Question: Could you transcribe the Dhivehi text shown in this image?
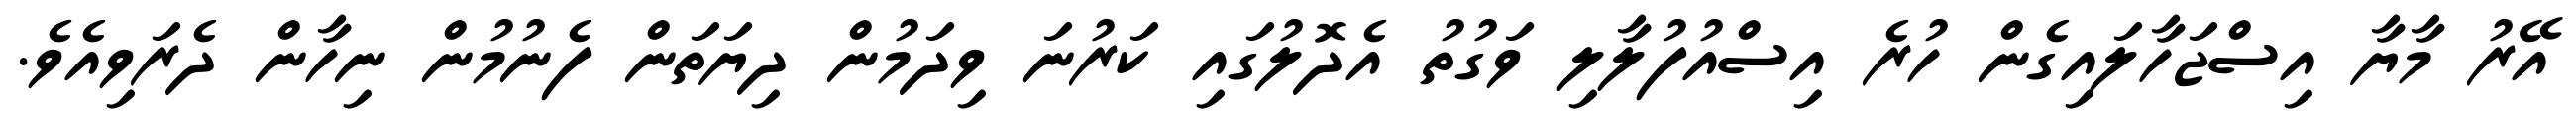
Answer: އޭރު މާޔާ އިސްޖަހާލައިގެން ހުރެ އިސްއުފުލާލި ވަގުތު އެދޮލުގައި ކަރުނަ ވިދަމުން ދިޔަތަން ފެނުމުން ނިހާން ދެރަވިއެވެ.